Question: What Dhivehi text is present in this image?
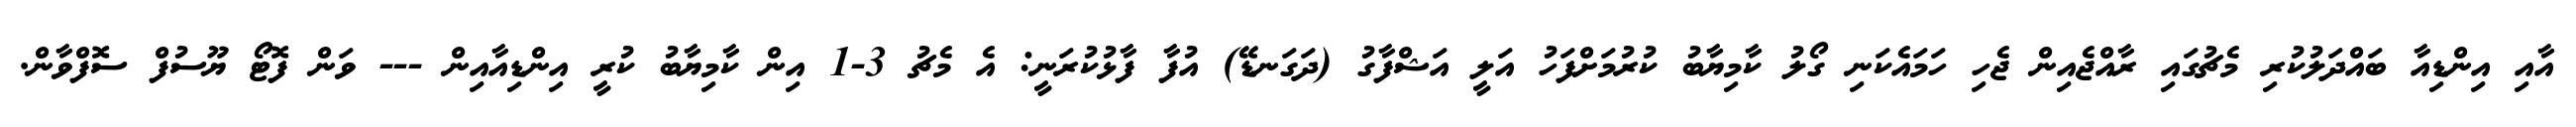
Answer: އާއި އިންޑިއާ ބައްދަލުކުރި މެޗުގައި ރާއްޖެއިން ޖެހި ހަމައެކަނި ގޯލު ކާމިޔާބު ކުރުމަށްފަހު އަލީ އަޝްފާގު (ދަގަނޑޭ) އުފާ ފާޅުކުރަނީ: އެ މެޗު 3-1 އިން ކާމިޔާބު ކުރީ އިންޑިއާއިން --- ވަން ފޮޓޯ ޔޫސުފް ސޮފްވާން.